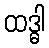
ထဒ္ဓါ